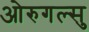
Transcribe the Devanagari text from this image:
ओरुगल्सु